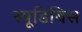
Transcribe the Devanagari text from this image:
स्यूडिबिस